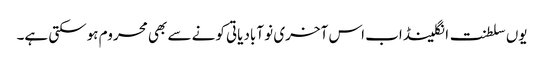
یوں سلطنت انگلینڈ اب اس آخری نو آبادیاتی کونے سے بھی محروم ہوسکتی ہے۔